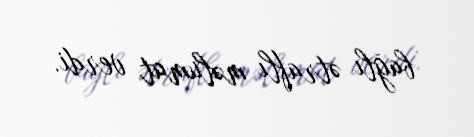
bağlı ətraflı məlumat verdi.